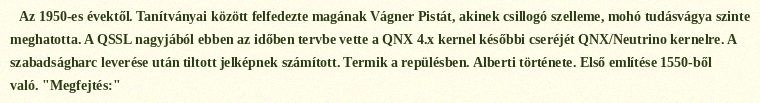
Az 1950-es évektől. Tanítványai között felfedezte magának Vágner Pistát, akinek csillogó szelleme, mohó tudásvágya szinte meghatotta. A QSSL nagyjából ebben az időben tervbe vette a QNX 4.x kernel későbbi cseréjét QNX/Neutrino kernelre. A szabadságharc leverése után tiltott jelképnek számított. Termik a repülésben. Alberti története. Első említése 1550-ből való. "Megfejtés:"